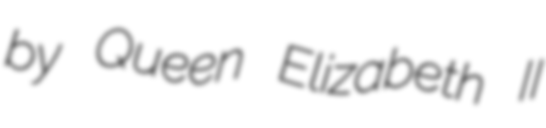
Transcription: by Queen Elizabeth II